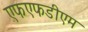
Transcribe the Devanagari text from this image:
एफएफडीएम